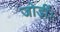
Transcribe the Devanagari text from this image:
जोड़ीं।